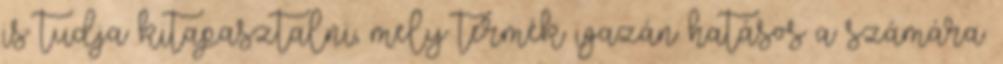
is tudja kitapasztalni, mely termék igazán hatásos a számára.